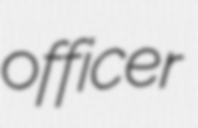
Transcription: officer